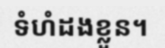
ទំហំដងខ្លួន។